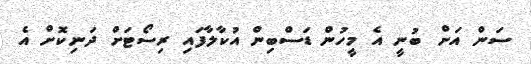
ސަން އަށް ބުނީ އެ މީހުން ޑަސްބިން އުކާލާފައި ރިސޯޓަށް ދަނިކޮށް އެ